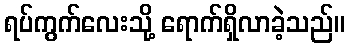
ရပ်ကွက်လေးသို့ ရောက်ရှိလာခဲ့သည်။